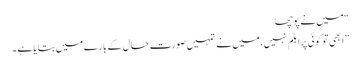
“ میں نے پوچھا
” ابھی تو کوئی پرابلم نہیں ، میں نے تمہیں صورت حال کے بارے میں بتایا ہے ۔